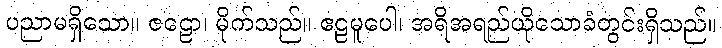
ပညာမရှိသော။ ဇဠော၊ မိုက်သည်။ ဧဠမူပေါ၊ အရိအရည်ယိုသောခံတွင်းရှိသည်။